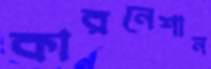
কারনেশান